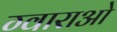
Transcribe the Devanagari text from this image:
ग्वाराओ